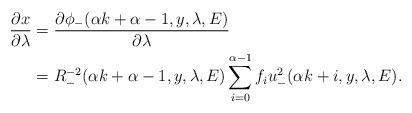
LaTeX: \begin{align*}\frac{\partial x}{\partial \lambda}&=\frac{\partial \phi_{-}(\alpha k+\alpha-1,y,\lambda, E)}{\partial \lambda}\\&=R_{-}^{-2}(\alpha k+\alpha -1,y,\lambda,E)\sum_{i=0}^{\alpha-1}f_iu_{-}^2(\alpha k+i,y,\lambda,E).\end{align*}